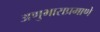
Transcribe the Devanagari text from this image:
अणुभाराप्रमाणे